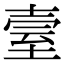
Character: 𦤼